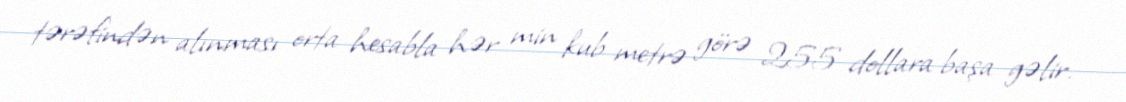
tərəfindən alınması orta hesabla hər min kub metrə görə 255 dollara başa gəlir.